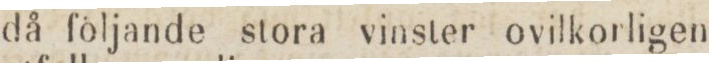
då följande stora vinster ovilkorligen